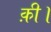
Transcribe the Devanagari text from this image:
क़ी।